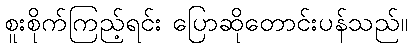
စူးစိုက်ကြည့်ရင်း ပြောဆိုတောင်းပန်သည်။